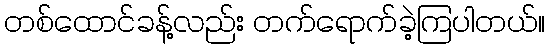
တစ်ထောင်ခန့်လည်း တက်ရောက်ခဲ့ကြပါတယ်။